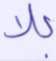
بلا